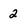
Character: 2